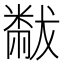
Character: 𬖬